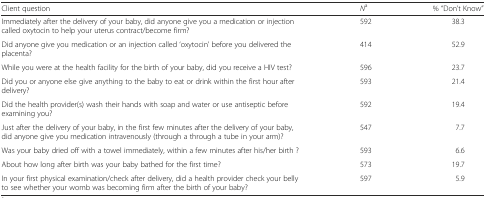
<table><thead><tr><td><b>Client question</b></td><td><b><i>N</i><sup>a</sup></b></td><td><b>% “Don’t Know”</b></td></tr></thead><tbody><tr><td>Immediately after the delivery of your baby, did anyone give you a medication or injection called oxytocin to help your uterus contract/become firm?</td><td>592</td><td>38.3</td></tr><tr><td>Did anyone give you medication or an injection called ‘oxytocin’ before you delivered the placenta?</td><td>414</td><td>52.9</td></tr><tr><td>While you were at the health facility for the birth of your baby, did you receive a HIV test?</td><td>596</td><td>23.7</td></tr><tr><td>Did you or anyone else give anything to the baby to eat or drink within the first hour after delivery?</td><td>593</td><td>21.4</td></tr><tr><td>Did the health provider(s) wash their hands with soap and water or use antiseptic before examining you?</td><td>592</td><td>19.4</td></tr><tr><td>Just after the delivery of your baby, in the first few minutes after the delivery of your baby, did anyone give you medication intravenously (through a through a tube in your arm)?</td><td>547</td><td>7.7</td></tr><tr><td>Was your baby dried off with a towel immediately, within a few minutes after his/her birth ?</td><td>593</td><td>6.6</td></tr><tr><td>About how long after birth was your baby bathed for the first time?</td><td>573</td><td>19.7</td></tr><tr><td>In your first physical examination/check after delivery, did a health provider check your belly to see whether your womb was becoming firm after the birth of your baby?</td><td>597</td><td>5.9</td></tr></tbody></table>